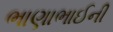
ભાણાભાઈની